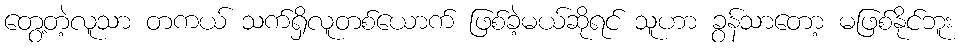
တွေ့တဲ့လူသာ တကယ် သက်ရှိလူတစ်ယောက် ဖြစ်ခဲ့မယ်ဆိုရင် သူဟာ ခွန်သာတော့ မဖြစ်နိုင်ဘူး